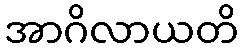
အာဂိလာယတိ